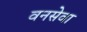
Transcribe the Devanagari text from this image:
वनसेवा